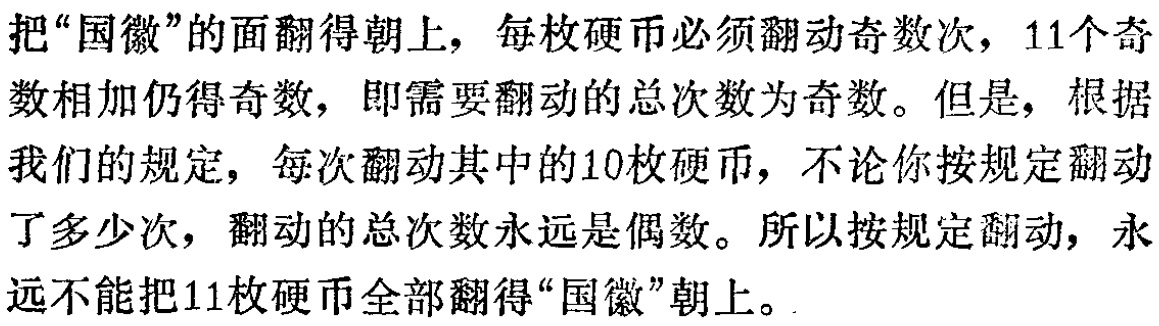
把“国徽”的面翻得朝上，每枚硬币必须翻动奇数次，11个奇数相加仍得奇数，即需要翻动的总次数为奇数。但是，根据我们的规定，每次翻动其中的10枚硬币，不论你按规定翻动了多少次，翻动的总次数永远是偶数。所以按规定翻动，永远不能把11枚硬币全部翻得“国徽”朝上。